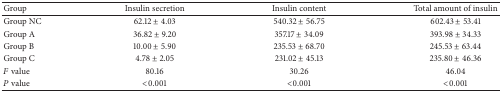
<table><thead><tr><td><b>Group</b></td><td><b>Insulin secretion</b></td><td><b>Insulin content</b></td><td><b>Total amount of insulin</b></td></tr></thead><tbody><tr><td>Group NC</td><td>62.12 ± 4.03</td><td>540.32 ± 56.75</td><td>602.43 ± 53.41</td></tr><tr><td>Group A</td><td>36.82 ± 9.20</td><td>357.17 ± 34.09</td><td>393.98 ± 34.33</td></tr><tr><td>Group B</td><td>10.00 ± 5.90</td><td>235.53 ± 68.70</td><td>245.53 ± 63.44</td></tr><tr><td>Group C</td><td>4.78 ± 2.05</td><td>231.02 ± 45.13</td><td>235.80 ± 46.36</td></tr><tr><td><i>F</i> value</td><td>80.16</td><td>30.26</td><td>46.04</td></tr><tr><td><i>P</i> value</td><td>&lt;0.001</td><td>&lt;0.001</td><td>&lt;0.001</td></tr></tbody></table>